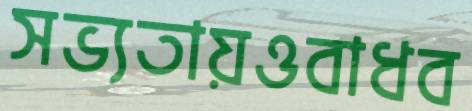
সভ্যতায়ওবাধব